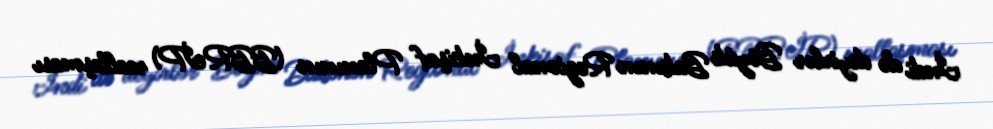
İndi də deyirlər Böyük Bakının Regional İnkişaf Planının (BBRİP) reallaşması